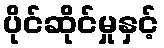
ပိုင်ဆိုင်မှုနှင့်